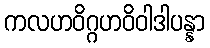
ကလဟဝိဂ္ဂဟဝိဝါဒါပန္နာ